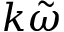
k \tilde { \omega }